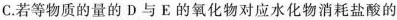
C.若等物质的量的D与E的氧化物对应水化物消耗盐酸的